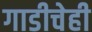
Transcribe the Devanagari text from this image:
गाडीचेही